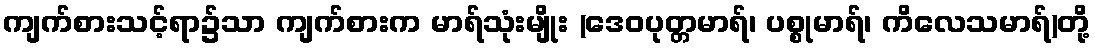
ကျက်စားသင့်ရာ၌သာ ကျက်စားက မာရ်သုံးမျိုး (ဒေဝပုတ္တမာရ်၊ ပစ္စုမာရ်၊ ကိလေသမာရ်)တို့